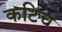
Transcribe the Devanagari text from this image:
कटिच